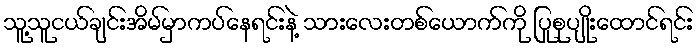
သူ့သူငယ်ချင်းအိမ်မှာကပ်နေရင်းနဲ့ သားလေးတစ်ယောက်ကို ပြုစုပျိုးထောင်ရင်း